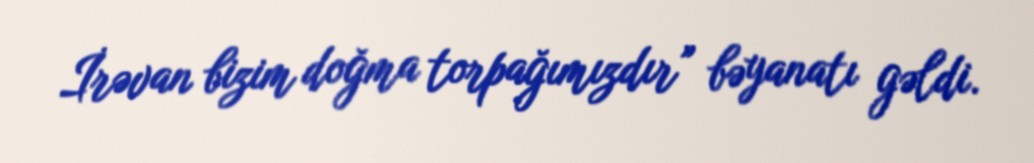
İrəvan bizim doğma torpağımızdır” bəyanatı gəldi.